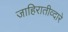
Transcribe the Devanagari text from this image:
जाहिरातीव्दारे